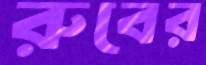
রুবের